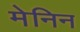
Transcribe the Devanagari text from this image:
मेनिन